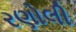
રણોલી